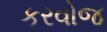
કરવોજ